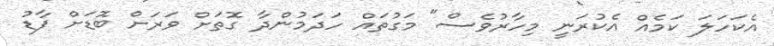
އެކަހަލަ ކަމެއް އެކުރަނީ މިހާރުވެސް" މަގުތައް ހަދަމުންދާ ގޮތަށް ވަރަށް ބޮޑަށް ފާޑު